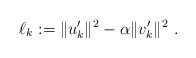
LaTeX: \begin{align*}\ell_k:=\|u'_k\|^2-\alpha\|v'_k\|^2 \ .\end{align*}